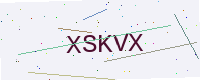
Text: XSKVX